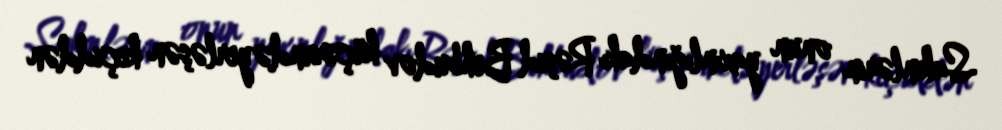
Sakinlərin onun yaxınlığındakı Rəşid Behbudov küçəsində yerləşən keçiddən